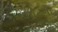
ધામોટના